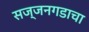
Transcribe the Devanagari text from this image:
सज्जनगडाचा